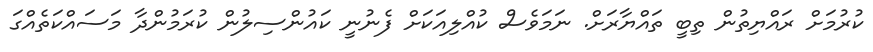
ކުރުމަށް ރައްޔިތުން ތިބީ ތައްޔާރަށް. ނަމަވެސް ކުއްލިއަކަށް ފެނުނީ ކައުންސިލުން ކުރަމުންދާ މަސައްކަތެއްގަ